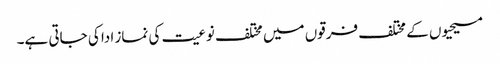
مسیحیوں کے مختلف فرقوں میں مختلف نوعیت کی نماز ادا کی جاتی ہے۔